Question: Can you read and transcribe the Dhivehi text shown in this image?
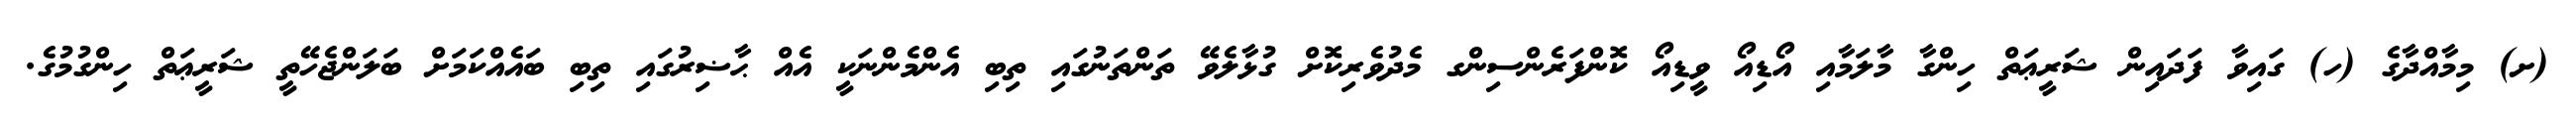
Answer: (ށ) މިމާއްދާގެ (ހ) ގައިވާ ފަދައިން ޝަރީޢަތް ހިންގާ މާލަމާއި އޯޑިއޯ ވީޑިއޯ ކޮންފަރެންސިންގ މެދުވެރިކޮށް ގުޅާލެވޭ ތަންތަނުގައި ތިބި އެންމެންނަކީ އެއް ޙާޟިރުގައި ތިބި ބައެއްކަމަށް ބަލަންޖެހޭތީ ޝަރީޢަތް ހިންގުމުގެ.